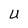
Character: U